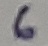
Text: 6